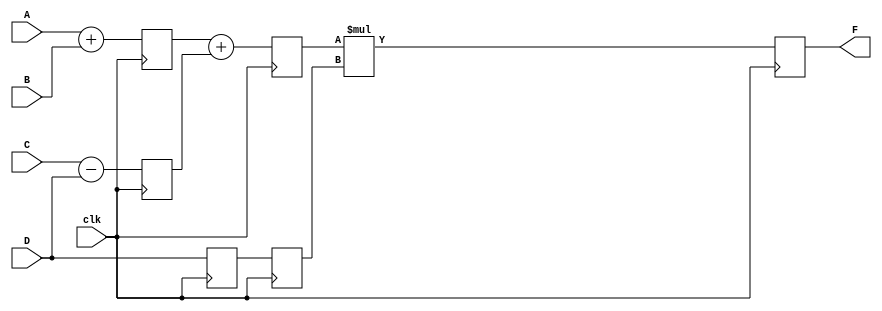
`timescale 1ns / 1ps
//////////////////////////////////////////////////////////////////////////////////
// Company: 
// Engineer: 
// 
// Design Name: 
// Module Name: pipe_ex
// Project Name: 
// Target Devices: 
// Tool Versions: 
// Description: 
// 
// Dependencies: 
// 
// Revision:
// Revision 0.01 - File Created
// Additional Comments:
// 
//////////////////////////////////////////////////////////////////////////////////





module pipe_ex (F, A, B, C, D, clk);
    parameter N = 10;
    input [N-1:0] A, B, C, D;
    input clk;
    output [N-1:0] F;
    reg [N-1:0] L12_x1, L12_x2, L12_D, L23_x3, L23_D, L34_F;
assign F = L34_F;
    always @(posedge clk) // ** STAGE 1 **
        begin
            L12_x1 <= #4 A + B;
            L12_x2 <= #4 C - D;
            L12_D  <= D;              
        end
    always @(posedge clk) // ** STAGE 2 **
        begin
            L23_x3 <= #4 L12_x1 + L12_x2;
            L23_D  <= L12_D; 
        end

    always @(posedge clk) // ** STAGE 3 **
            L34_F  <= #6 L23_x3 * L23_D; 
endmodule